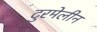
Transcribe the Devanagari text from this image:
टुरमेलीन